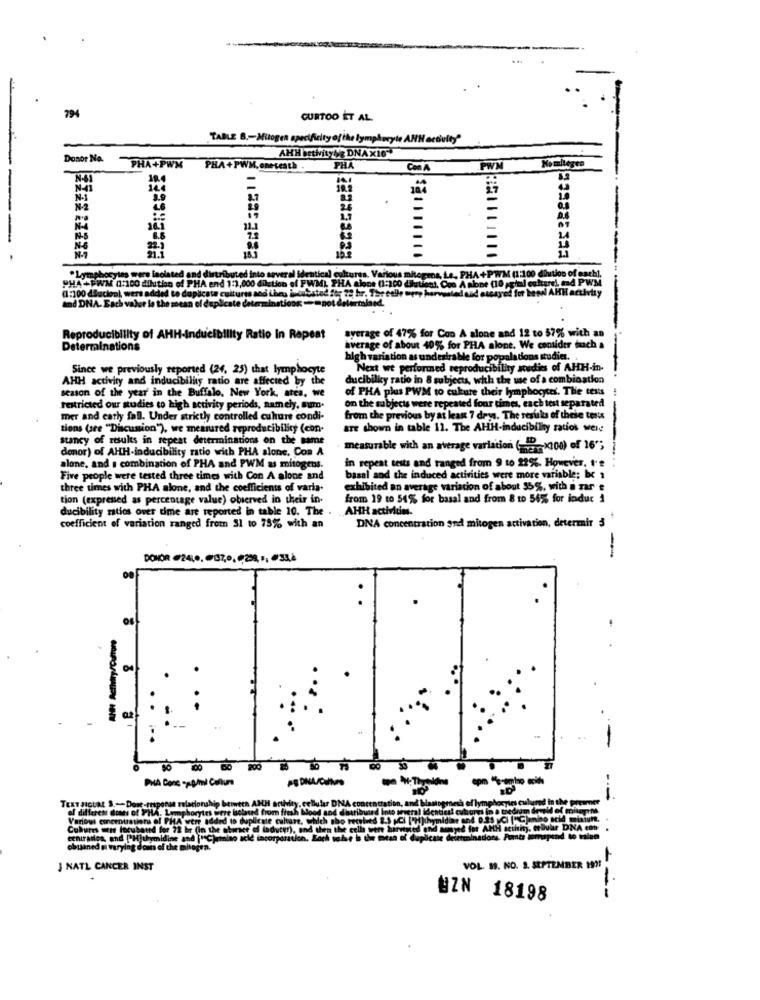
794
CURTOO ET AL.
TABLE B .- Mitogen specificity of the lymphocyte AHH activity"
Donor No.
AHH Betivitybyg DNAX16"
Komliegen
PHA+PWM
ELGERGEEE
PHA +PWM,onetesth .
PHA
CM A
N-41
N-1
PHA+FWM (:100 dilution of PHA end 1:1,000 dilation of PWML PHA alone (1:100 4
.Lymphocytes were laolated and distributed into several identical cultures. Various m
ont. Coo A nine (10 xgiul culturel, mad PWM
mos, Le, PHA +PWM (1:100 diation of
a:100 ducion), wers added to duplicate cultures and the induSsted for 22 hr. The celle
Lessayed for besal AHH activtry
and DNA. Each valur le the mean of duplicate determinations == not delermined.
ind DNA. Each valer to the mean
ayerage of 47% for Coo A alone and 12 to 57% with an
Reproducibility of A
nducibility Ratio In Repeat
Determinations
average of about 40% for PHA alone. We consider daach a
algh variation as undesirable for populations studies.
Since we previously reported (24, 25) that lymphocyte
Next wt performed reproducibility studies of AHH-in-
AHH activity and inducibility ratio are affected by the
ducibility ratio in 8 subjects, whh
ubjects, with the use of a combination
season of the year' in the Buffalo, New York, atca, we
of PHA pluis PWM to culture their lymphocytes. The tess
on the subjects were repeated four times, each test separated
restricted our studies to high activity periods, namely, sum.
mer and early fall. Under strictly controlled culture condi-
from the previous by at least 7 drys. The resuks of thele tests
tions (see "Discussion"), we measured reproducibility (con-
are shown in table 11. The AHH-inducibilny ratios were
stancy of results in repeat determinations on the same
denor) of AHH-inducibility ratio with PHA alone, Con A
measurable with an average variation (me
(-x100) of 16";
alone, and a combination of PHA and PWM as mitogetss.
in repeat tests and ranged from 9 to 22%. However, t'e
Five people were tested three times with Con A alone and
basal and the induced activities were more variable
three times with PHA alone, and the coefficients of varia.
exhibited an average variation of about $5%, with a zar e
tion (expressed as percentage value) observed in their in.
from 19 to 54% for basal and from 8 to 56% for induc 1
ducibility ratios over time are reported in table 10. The .
AHH activities.
coefficient of variation ranged from 31 to 75% with an
DNA concentration and mitogen activation, determir 5
-
.
18
200
PHA Donc -wohl Culture
TEXT SICURL S .- Dose-response relationship between AHH activity, cellular DNA concentration, and blantogen
lymphocytes cul
of different downs of PHA. Lymphocytes were bolased from fresh blood and detributed Into several identical cubures in a tiedig
Various emneentretiens of PHA were added to duplicate culture, which tho retained 2.5 pCi ["Hjuhymidir and 0.25 vci ("C)
Cultures were lacubanrd for 22 br (in the ahoraer of iaduter), and then the cells were harvaied and aimyed for AMH activity.
DNA con
eenirados, and ["Hjuhymidine and |"C)amino acid incorporation. Both tobe in the mean of duplicate dritteninations. Fomte
obtained a varying dons of the mitogen.
in of the mitogen."
J NATL CANCER INST
VOL. 19. NO. 3. SEPTEMBER 1991
---
UZN 18198